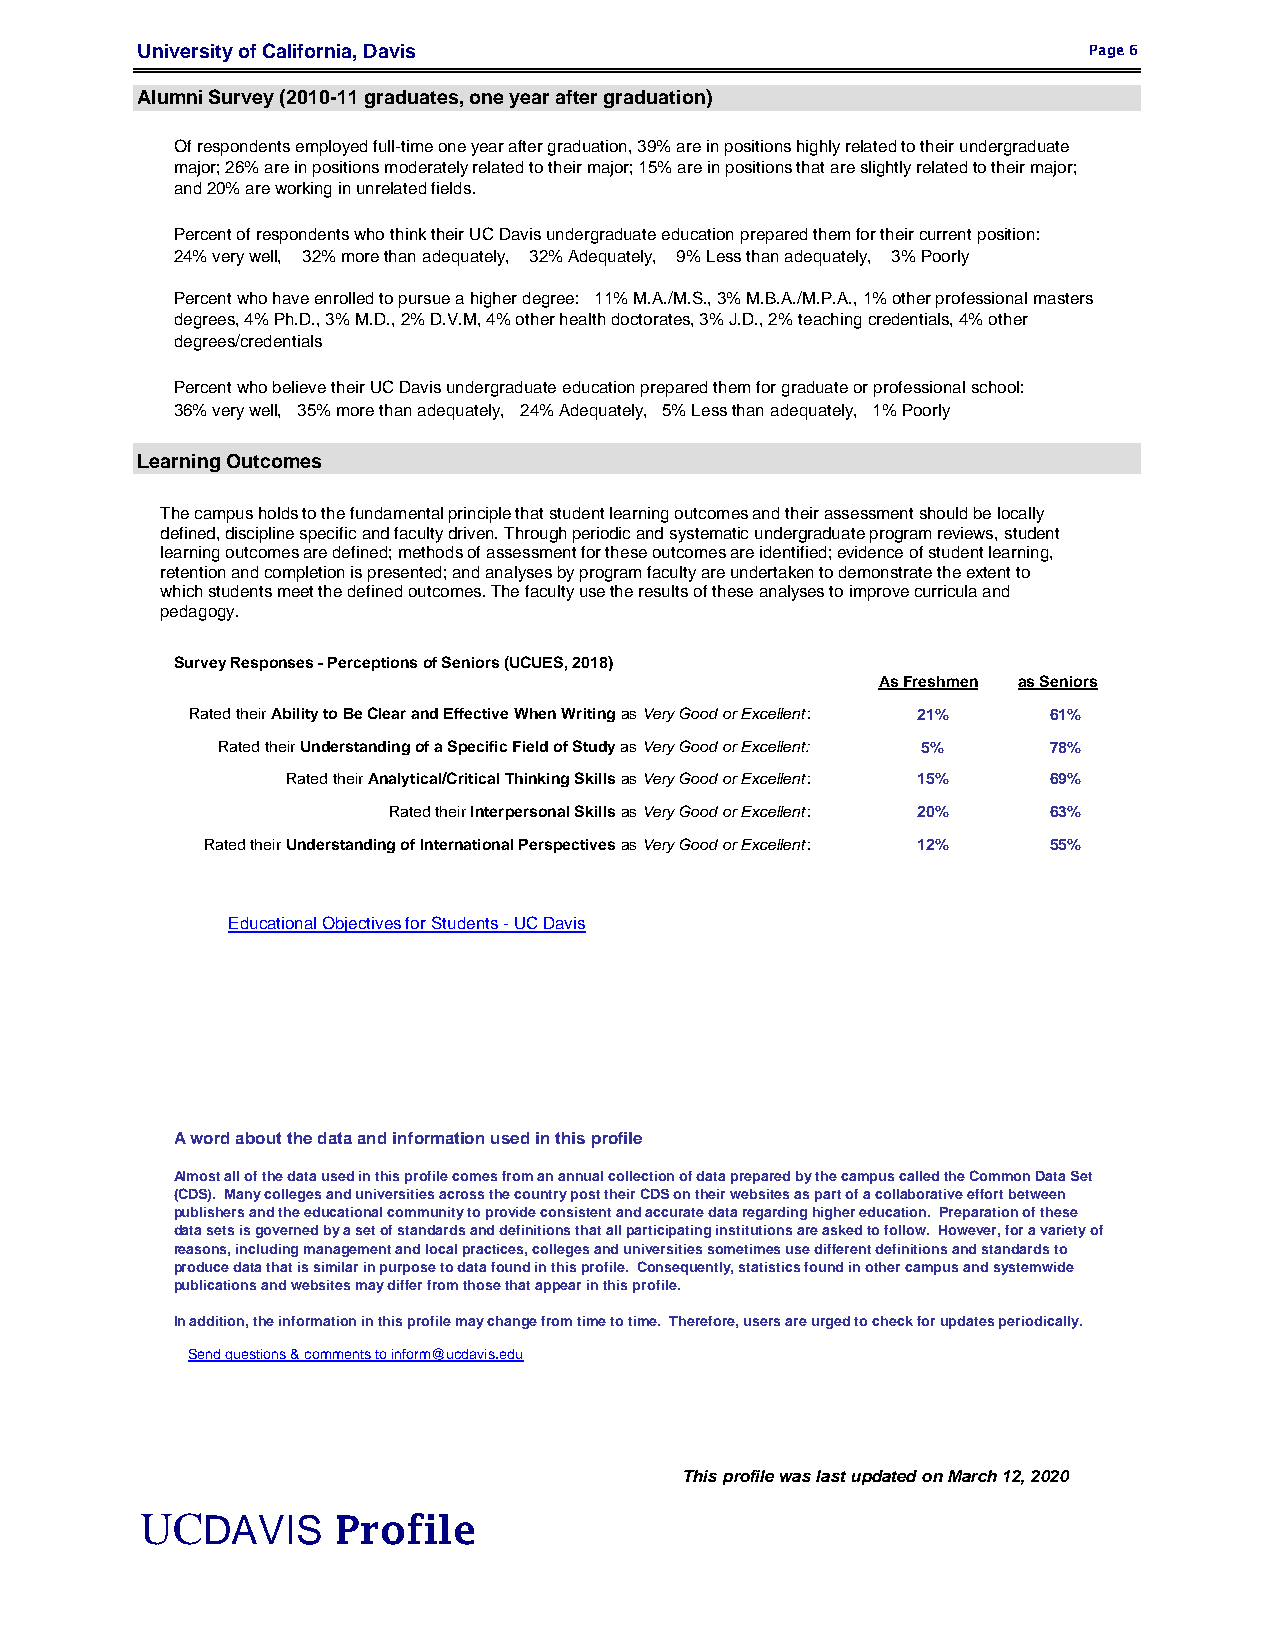
University of California, Davis                                Page 6
 Alumni Survey (2010-11 graduates, one year after graduation)
 Of respondents employed full-time one year after graduation, 39% are in positions highly related to their undergraduate
 major; 26% are in positions moderately related to their major; 15% are in positions that are slightly related to their major;
 and 20% are working in unrelated fields.
 Percent of respondents who think their UC Davis undergraduate education prepared them for their current position:
 24% very well, 32% more than adequately, 32% Adequately, 9% Less than adequately, 3% Poorly
 Percent who have enrolled to pursue a higher degree: 11% M.A./M.S., 3% M.B.A./M.P.A., 1% other professional masters
 degrees, 4% Ph.D., 3% M.D., 2% D.V.M, 4% other health doctorates, 3% J.D., 2% teaching credentials, 4% other
 degrees/credentials
 Percent who believe their UC Davis undergraduate education prepared them for graduate or professional school:
 36% very well, 35% more than adequately, 24% Adequately, 5% Less than adequately, 1% Poorly
 Learning Outcomes
 The campus holds to the fundamental principle that student learning outcomes and their assessment should be locally
 defined, discipline specificand faculty driven. Through periodic and systematic undergraduate program reviews, student
 learning outcomes are defined; methods of assessment for these outcomes are identified; evidence of student learning,
 retention and completion is presented; and analyses by program faculty are undertaken to demonstrate the extent to
 which students meet the defined outcomes. The faculty use the results of these analyses to improve curricula and
 pedagogy.
 Survey Responses - Perceptions of Seniors (UCUES, 2018)
 As Freshmen as Seniors
 Rated their Ability to Be Clear and Effective When Writing as Very Good or Excellent: 21% 61%
 Rated their Understanding of a Specific Field of Study as Very Good or Excellent: 5% 78%
 Rated their Analytical/Critical Thinking Skills as Very Good or Excellent: 15% 69%
 Rated their Interpersonal Skills as Very Good or Excellent: 20% 63%
 Rated their Understanding of International Perspectives as Very Good or Excellent: 12% 55%
 Educational Objectives for Students - UC Davis
 A word about the data and information used in this profile
 Almost all of the data used in this profile comes from an annual collection of data prepared by the campus called the Common Data Set
 (CDS). Many colleges and universities across the country post their CDS on their websites as part of a collaborative effort between
 publishers and the educational community to provide consistent and accurate data regarding higher education. Preparation of these
 data sets is governed by a set of standards and definitions that all participating institutions are asked to follow. However, for a variety of
 reasons, including management and local practices, colleges and universities sometimes use different definitions and standards to
 produce data that is similar in purpose to data found in this profile. Consequently, statistics found in other campus and systemwide
 publications and websites may differ from those that appear in this profile.
 In addition, the information in this profile may change from time to time. Therefore, users are urged to check for updates periodically.
 Send questions & comments to inform@ucdavis.edu
 This profile was last updated on March 12, 2020
 UCDAVIS      Profile